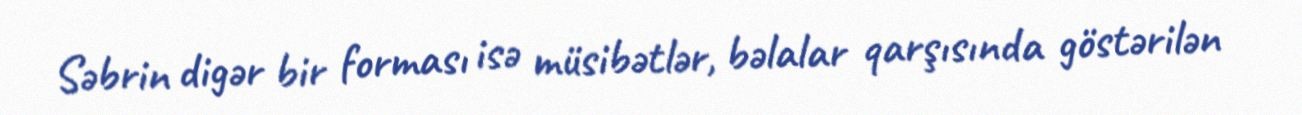
Səbrin digər bir forması isə müsibətlər, bəlalar qarşısında göstərilən